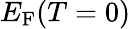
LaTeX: E_{\mathrm{{F}}}(T=0)